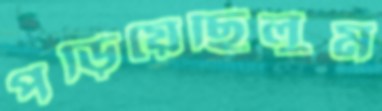
পড়িয়েছিলুম